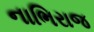
નાભિરાજ